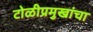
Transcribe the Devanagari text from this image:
टोळीप्रमुखांचा